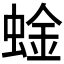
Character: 𫋆